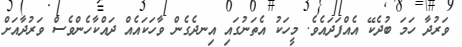
ވަރުދާ ހަމަ ބުދެކޭ އެއްފަދައެވެ. މީހަކު އެތަނުގައި އިނދެގެން ވާހަކައެއް ދައްކާހެންވެސް ވަރުދާއަށް